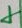
Text: 4